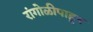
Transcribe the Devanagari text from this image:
रांगोळीपाहून